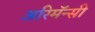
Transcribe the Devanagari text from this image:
अरिमॅन्सी